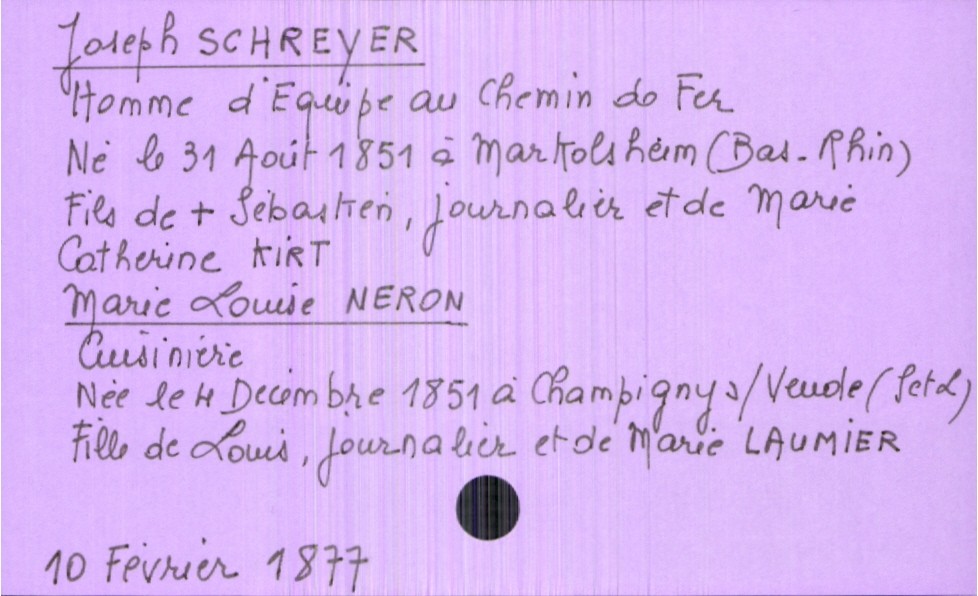
type_acte: Mariage
année: 1877
mois: février
jour: 10
marié_nom: Schreyer
marié_prénom: Joseph
marié_profession: Homme d'équipe au chemin de fer
marié_date_de_naissance: 31 août 1851
marié_lieu_de_naissance: Markolsheim (Bas-Rhin)
père_marié_nom: Schreyer
père_marié_prénom: Sebastien
père_marié_profession: journalier
père_marié_statut: décédé
mère_marié_nom: Kirt
mère_marié_prénom: Marie Catherine
mariée_nom: Neron
mariée_prénom: Marie Louise
mariée_profession: cuisinière
mariée_date_de_naissance: 4 décembre 1851
mariée_lieu_de_naissance: Champigny-sur-Veude (Indre et Loire)
père_mariée_nom: Neron
père_mariée_prénom: Louis
père_mariée_profession: journalier
mère_mariée_nom: Laumier
mère_mariée_prénom: Marie